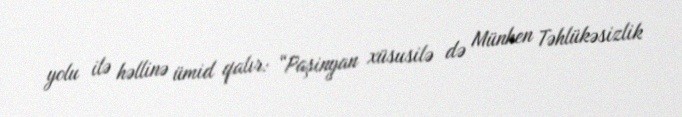
yolu ilə həllinə ümid qalır: “Paşinyan xüsusilə də Münhen Təhlükəsizlik